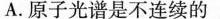
A. 原子光谱是不连续的